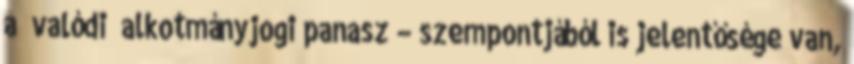
a „valódi” alkotmányjogi panasz – szempontjából is jelentősége van,